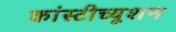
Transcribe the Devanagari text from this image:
कांस्टीच्यूशन